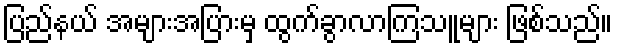
ပြည်နယ် အများအပြားမှ ထွက်ခွာလာကြသူများ ဖြစ်သည်။